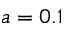
a = 0 . 1